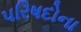
પરિષદોના